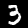
Digit: 3